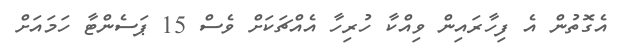
އެގޮތުން އެ ފިހާރައިން ވިއްކާ ހުރިހާ އެއްޗަކަށް ވެސް 15 ޕަސެންޓާ ހަމައަށް